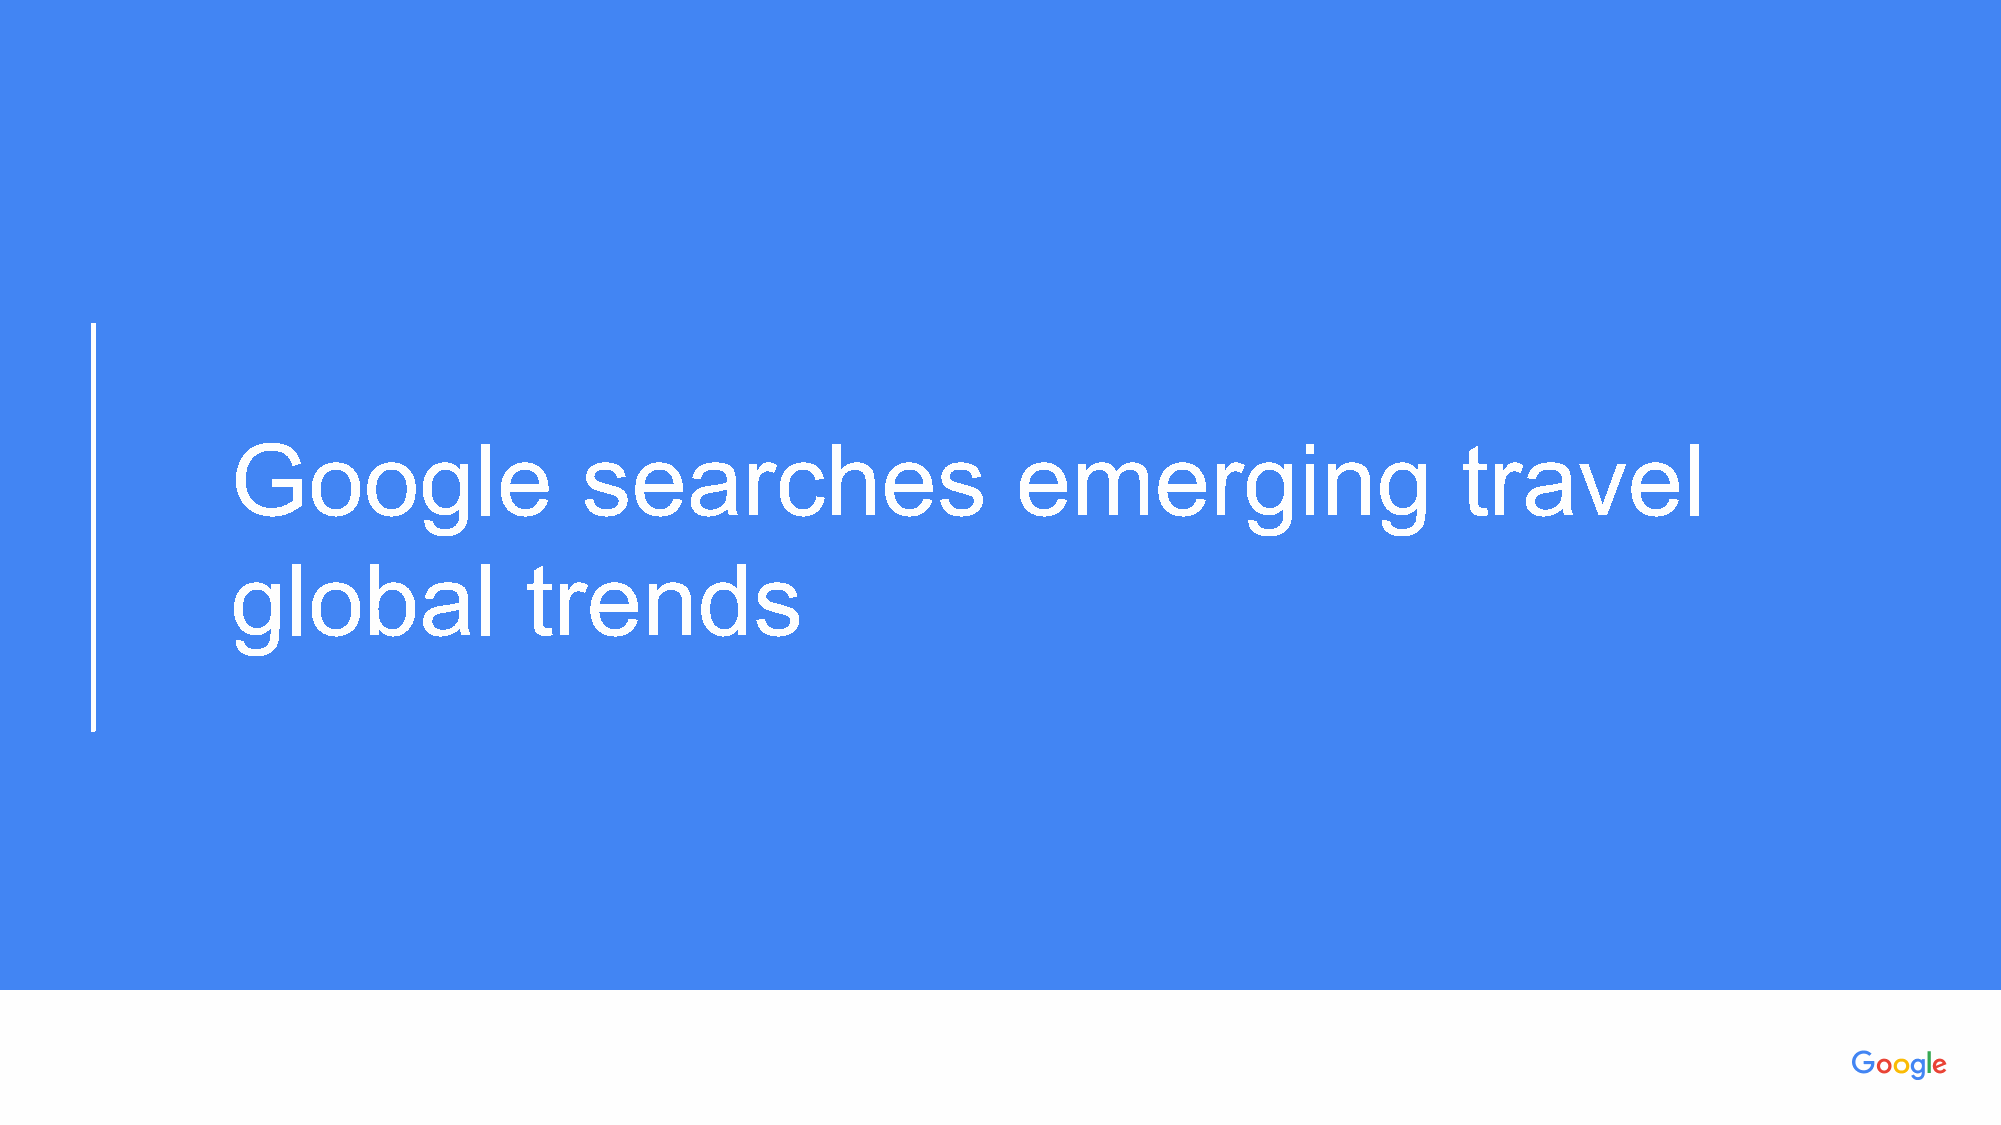
PPrroopprriieettaarryy ++ CCoonnffiiddeennttiiaall
 Google                 searches                     emerging                      travel
 global              trends